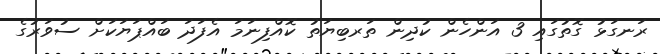
ރަނގަޅު ގޮތުގައި 3 އަންހެން ކުދިން ތަރބިޔަތު ކޮއްފިނަމަ އެފަދަ ބައްޕަޔަކަށް ސުވަރުގެ